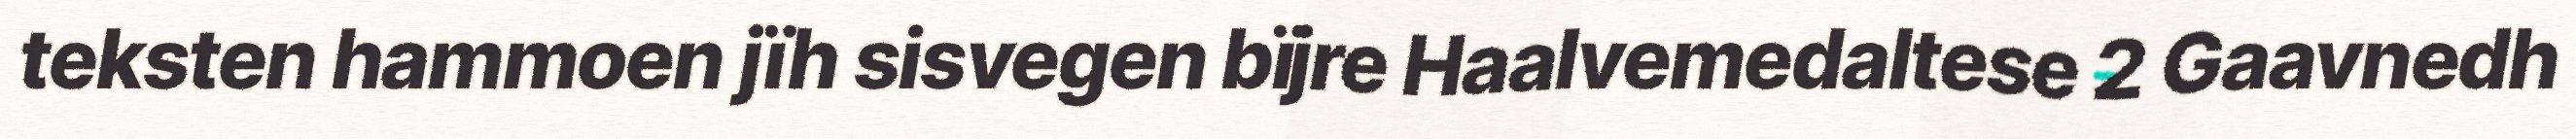
teksten hammoen jïh sisvegen bïjre Haalvemedaltese 2 Gaavnedh